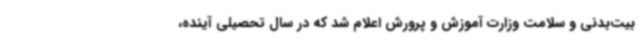
بیت‌بدنی و سلامت وزارت آموزش و پرورش اعلام شد که در سال تحصیلی آینده،